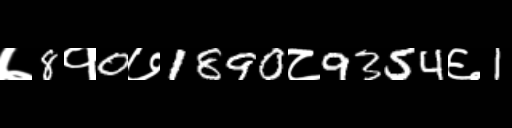
Text: ७8१0७1890८9354६1